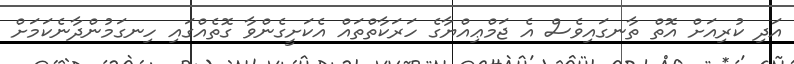
އަދި ކުރިއަށް އޮތް ތާނގައިވެސް އެ ޖަމްޢިއްޔާގެ ހަރަކާތްތައް އެކަށީގެންވާ ގޮތެއްގައި ހިނގަމުންދާނެކަމަށް